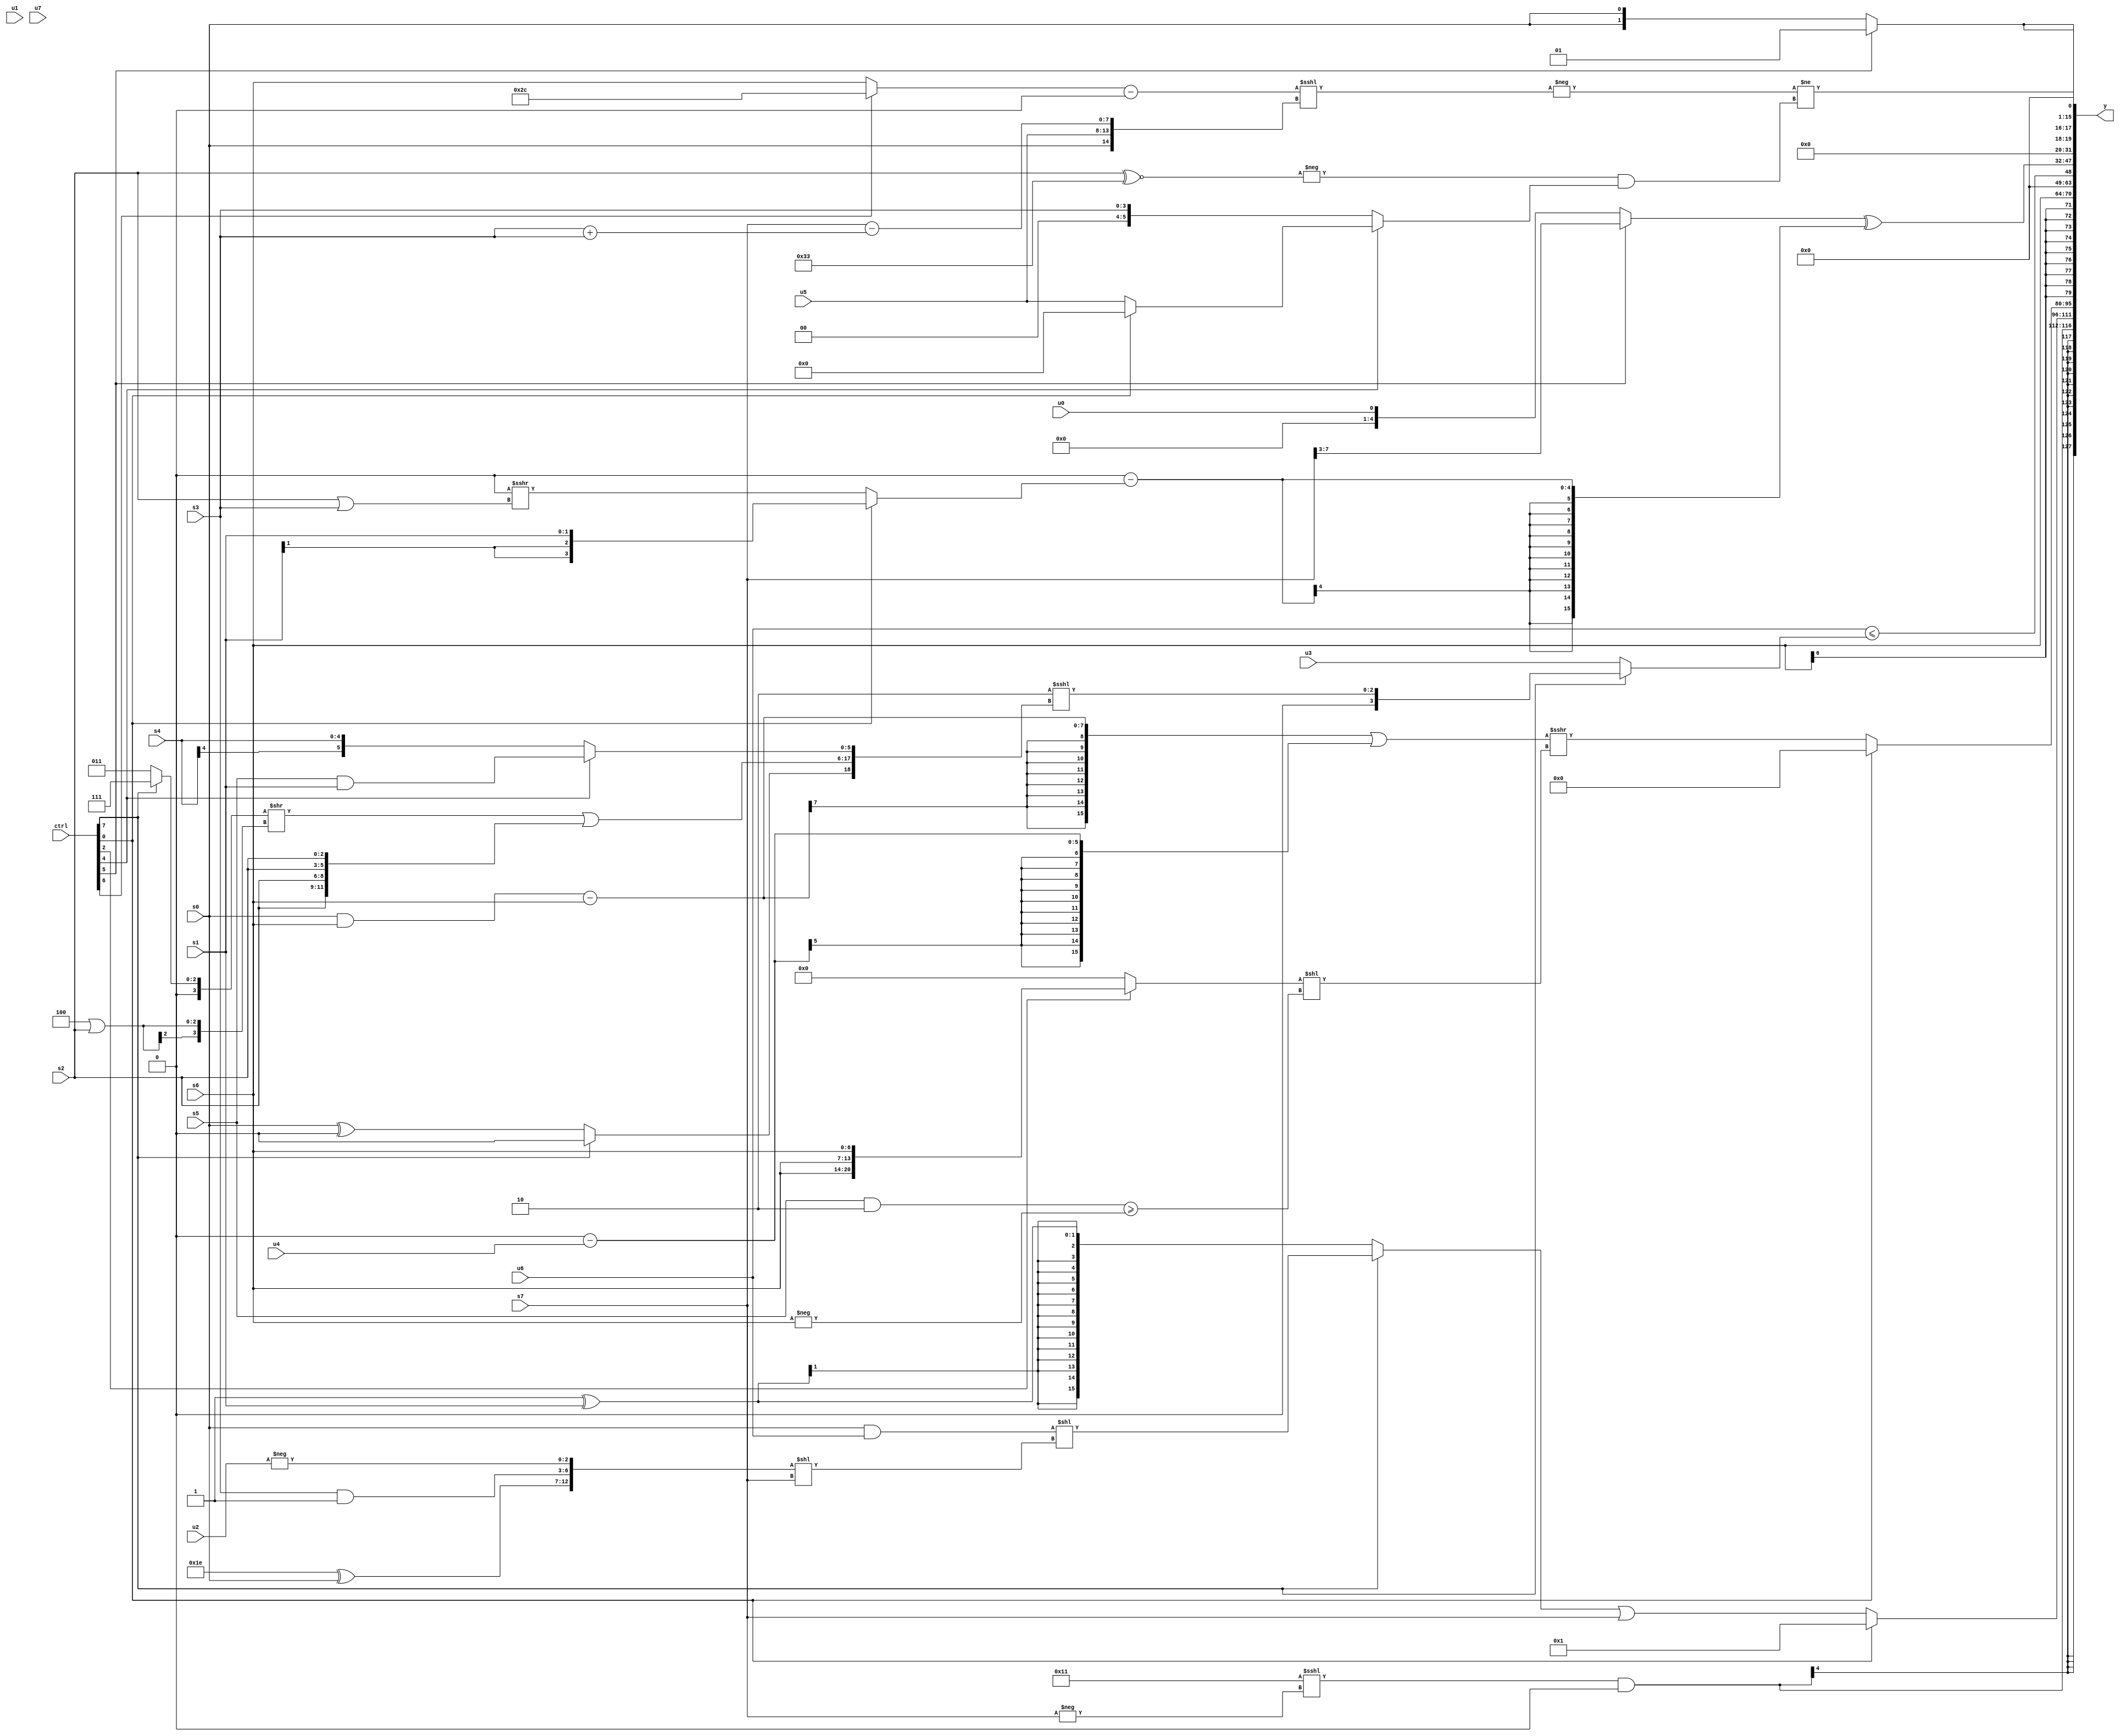
module wideexpr_00049(ctrl, u0, u1, u2, u3, u4, u5, u6, u7, s0, s1, s2, s3, s4, s5, s6, s7, y);
  input [7:0] ctrl;
  input [0:0] u0;
  input [1:0] u1;
  input [2:0] u2;
  input [3:0] u3;
  input [4:0] u4;
  input [5:0] u5;
  input [6:0] u6;
  input [7:0] u7;
  input signed [0:0] s0;
  input signed [1:0] s1;
  input signed [2:0] s2;
  input signed [3:0] s3;
  input signed [4:0] s4;
  input signed [5:0] s5;
  input signed [6:0] s6;
  input signed [7:0] s7;
  output [127:0] y;
  wire [15:0] y0;
  wire [15:0] y1;
  wire [15:0] y2;
  wire [15:0] y3;
  wire [15:0] y4;
  wire [15:0] y5;
  wire [15:0] y6;
  wire [15:0] y7;
  assign y = {y0,y1,y2,y3,y4,y5,y6,y7};
  assign y0 = +(($signed((5'sb10001)<<<(-(s7))))&(5'sb00000));
  assign y1 = (ctrl[0]?2'sb01:((ctrl[7]?(($signed(s0))&($signed(+(u6))))<<(({(6'sb011110)^(s0),(s3)&(1'sb1),-(u2)})<<(s7)):($signed($signed($signed(1'b1))))^(s1)))|(s7));
  assign y2 = (ctrl[0]?(s2)>>>(5'sb11101):((((s0)&($signed(s6)))-(s6))|(+(+((2'sb00)-(u4)))))>>>($signed(((ctrl[2]?{3{s6}}:(2'sb01)<=(5'sb11111)))<<(((s5)&(5'sb11110))>=(-(s6))))));
  assign y3 = s6;
  assign y4 = (u6)<=((ctrl[7]?$signed((3'sb110)<<<({(ctrl[7]?(+(u2))>>>((6'sb010111)-(3'sb111)):$signed((s0)^(1'sb0))),(((ctrl[7]?6'sb000111:4'sb0011))>>((4'sb1100)|(s2)))|($signed({4{s2}})),(ctrl[4]?$signed((s5)&(s1)):$signed(s4))})):u3));
  assign y5 = ((ctrl[5]?(s7)>>>($signed($unsigned(2'sb11))):u0))^((({2'sb01,(ctrl[0]?~^(($signed(2'sb01))^~((s3)<<<(2'sb10))):({u6})>>(5'sb00010)),((6'sb010000)<<(+((ctrl[3]?3'sb001:s1))))>>((ctrl[0]?+(6'sb001001):+((s1)>>(4'sb1010)))),((ctrl[0]?((s0)|(1'sb1))|((2'sb01)>>>(4'b0111)):(s6)|($signed(s1))))^(-((ctrl[4]?$unsigned(6'sb111011):(ctrl[2]?2'b00:s3))))})==((ctrl[4]?$unsigned((+((6'b010100)>>>(1'sb1)))<<(-((s1)==(s3)))):{1{6'sb010100}})))-({(ctrl[0]?s1:(ctrl[0]?4'sb1001:(+(1'sb0))>>>(($signed(s2))|($signed(s3)))))}));
  assign y6 = {2{(ctrl[5]?2'sb01:s0)}};
  assign y7 = (-((($signed((ctrl[6]?6'b101100:s6)))-(((s2)>>(4'b1110))&((6'sb111011)^(4'sb0010))))<<<({$signed(+(s0)),{u5},(s7)-((s3)+(s3))})))!=((-((s2)^~(6'sb110011)))&((ctrl[4]?(ctrl[0]?+((u0)>>(4'sb0011)):+(u5)):$signed($unsigned($signed(s3))))));
endmodule